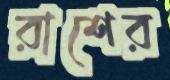
রাশের